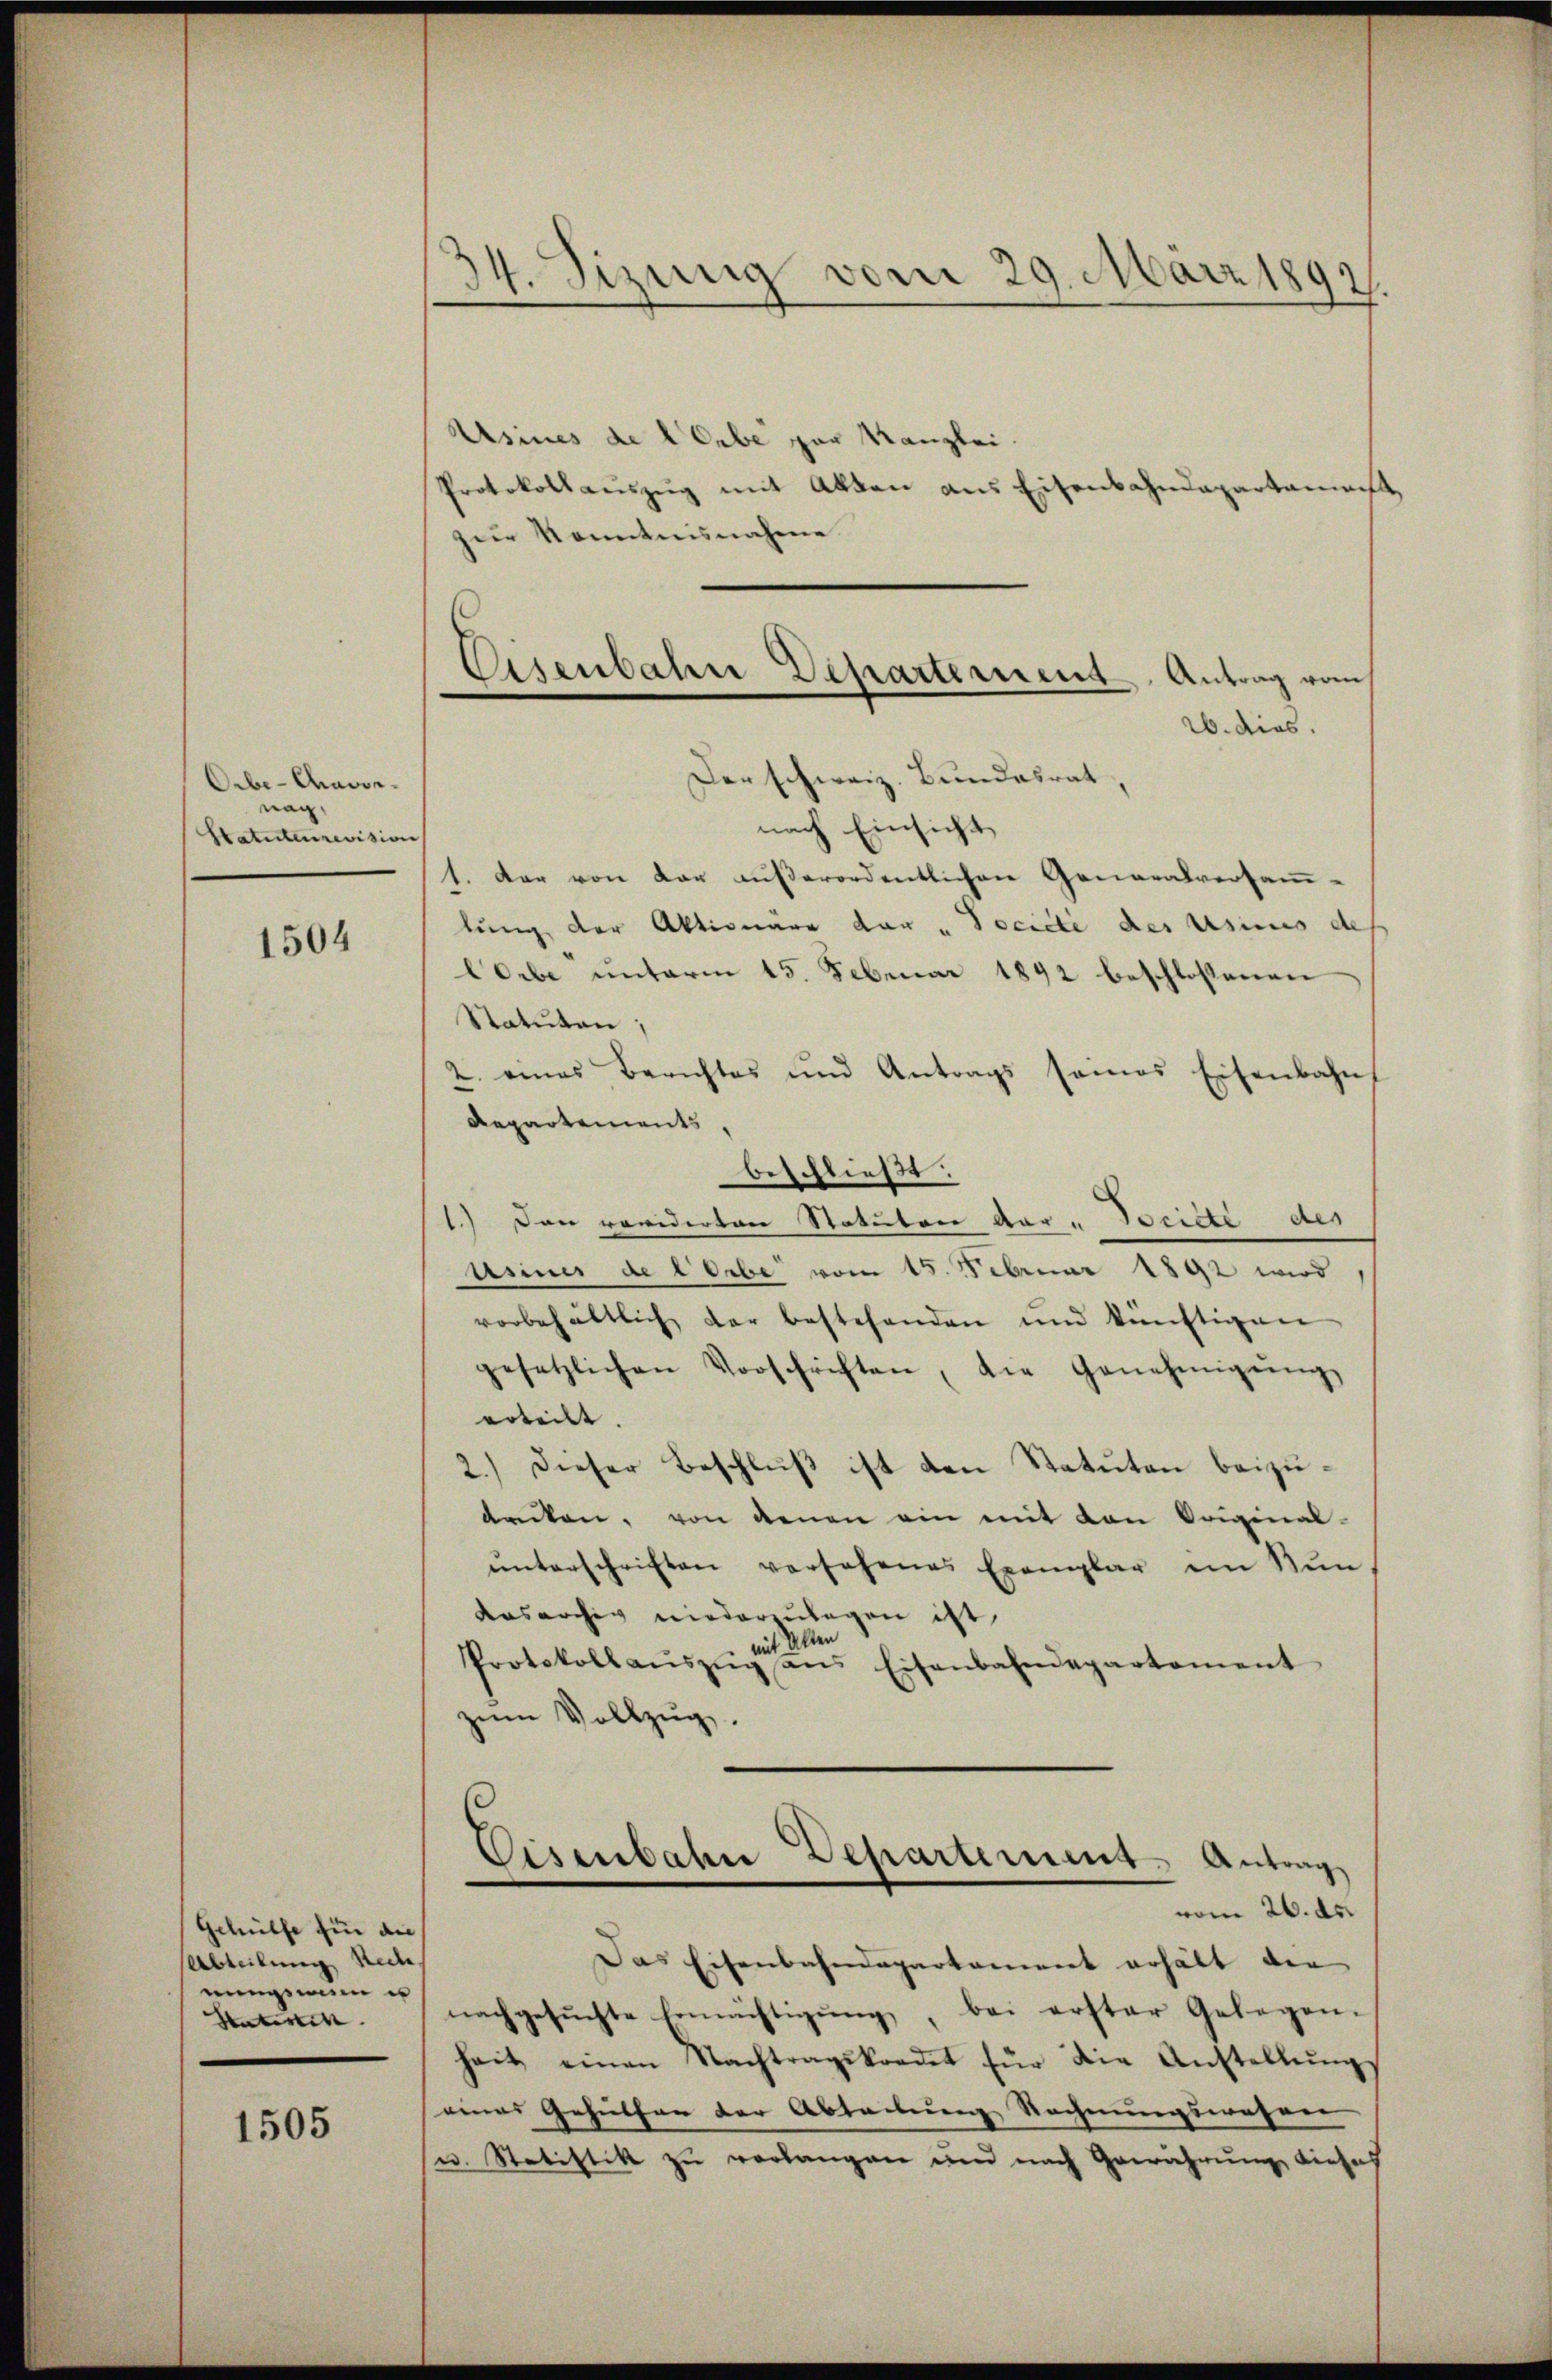
Orbe-Aadornach,
Statuten revision

1504

Gehülfe für die
Abteilung Rece
eigen e
Unterlitt.

1505

34. Sizung vom 29. März 1892.

Usies de liebe zur Kanzlei.
Protokollauszug mit Akten aus Eisenbahndepartamen
zur Kenntnisnahme.
Der schweiz. Bundesrat,
nach Einsicht
1. Der von dar außerordentlichen Generalversamlung der Aktionare der "Société des usines de
COrbe unterm 15. Februar 1892 beschlossenen
Statuten;
2. eines Berichtes und Antrags seines Eisenbahn
Repartements,
beschließt:
1.) Den reviderten Statuten dar - Société des
usine de Lorbe vom 15. Februar 1892 wird
vorbehältlich der bestehenden und künftigen
gesetzlichen Vorschriften, die Genehmigŭng
erteilt. |
2.) Dieser Beschluß ist den Statuten beizudanken, von denen ein mit den Original-
ŭnterschriften versehenes Exemplar im Nŭn
Ausarchiv niederzulegen ist,
mit Alten
Protokollaŭszŭg ans Eisenbahndepartament
zum Vollzug.

Eisenbahn Departement Antrag vom
26. dies

Das Eisenbahndepartament erhält die
nachgesŭchte Ermächtigŭng, bei erster Gelegen-
heit einen Nachtragskredet für die Anstellŭng
eines Gehülfen der Abteilung Rechnungswahren
u. Statistik zu verlangen und nach Gewährung dieses

Eisenbahn Departement. Antrag
vom 26. de